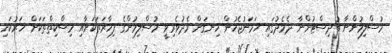
މުސްލިމުންނާ ބުދިސްޓުންނާ ދެމެދުގައި ހަމަނުޖެހުން ހިނގަން މެދުވެރިވީ މުސްލިމުންގެ ފިހާރަތަކަށާއި މިސްކިތްތަކަށް ހަރުކަށި